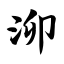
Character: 泖